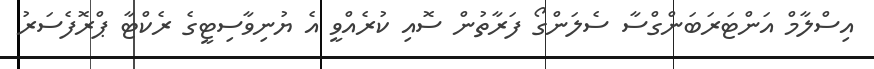
އިސްލާމް އަންޓަރަބަންގްސާ ސެލަންގޯ ފަރާތުން ސޮއި ކުރެއްވީ އެ ޔުނިވާސިޓީގެ ރެކްޓާ ޕްރޮފެސަރު